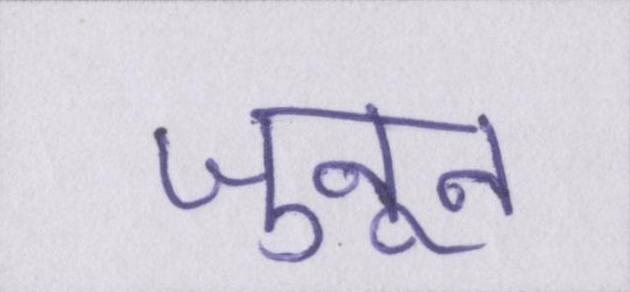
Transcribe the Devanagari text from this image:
जुनून